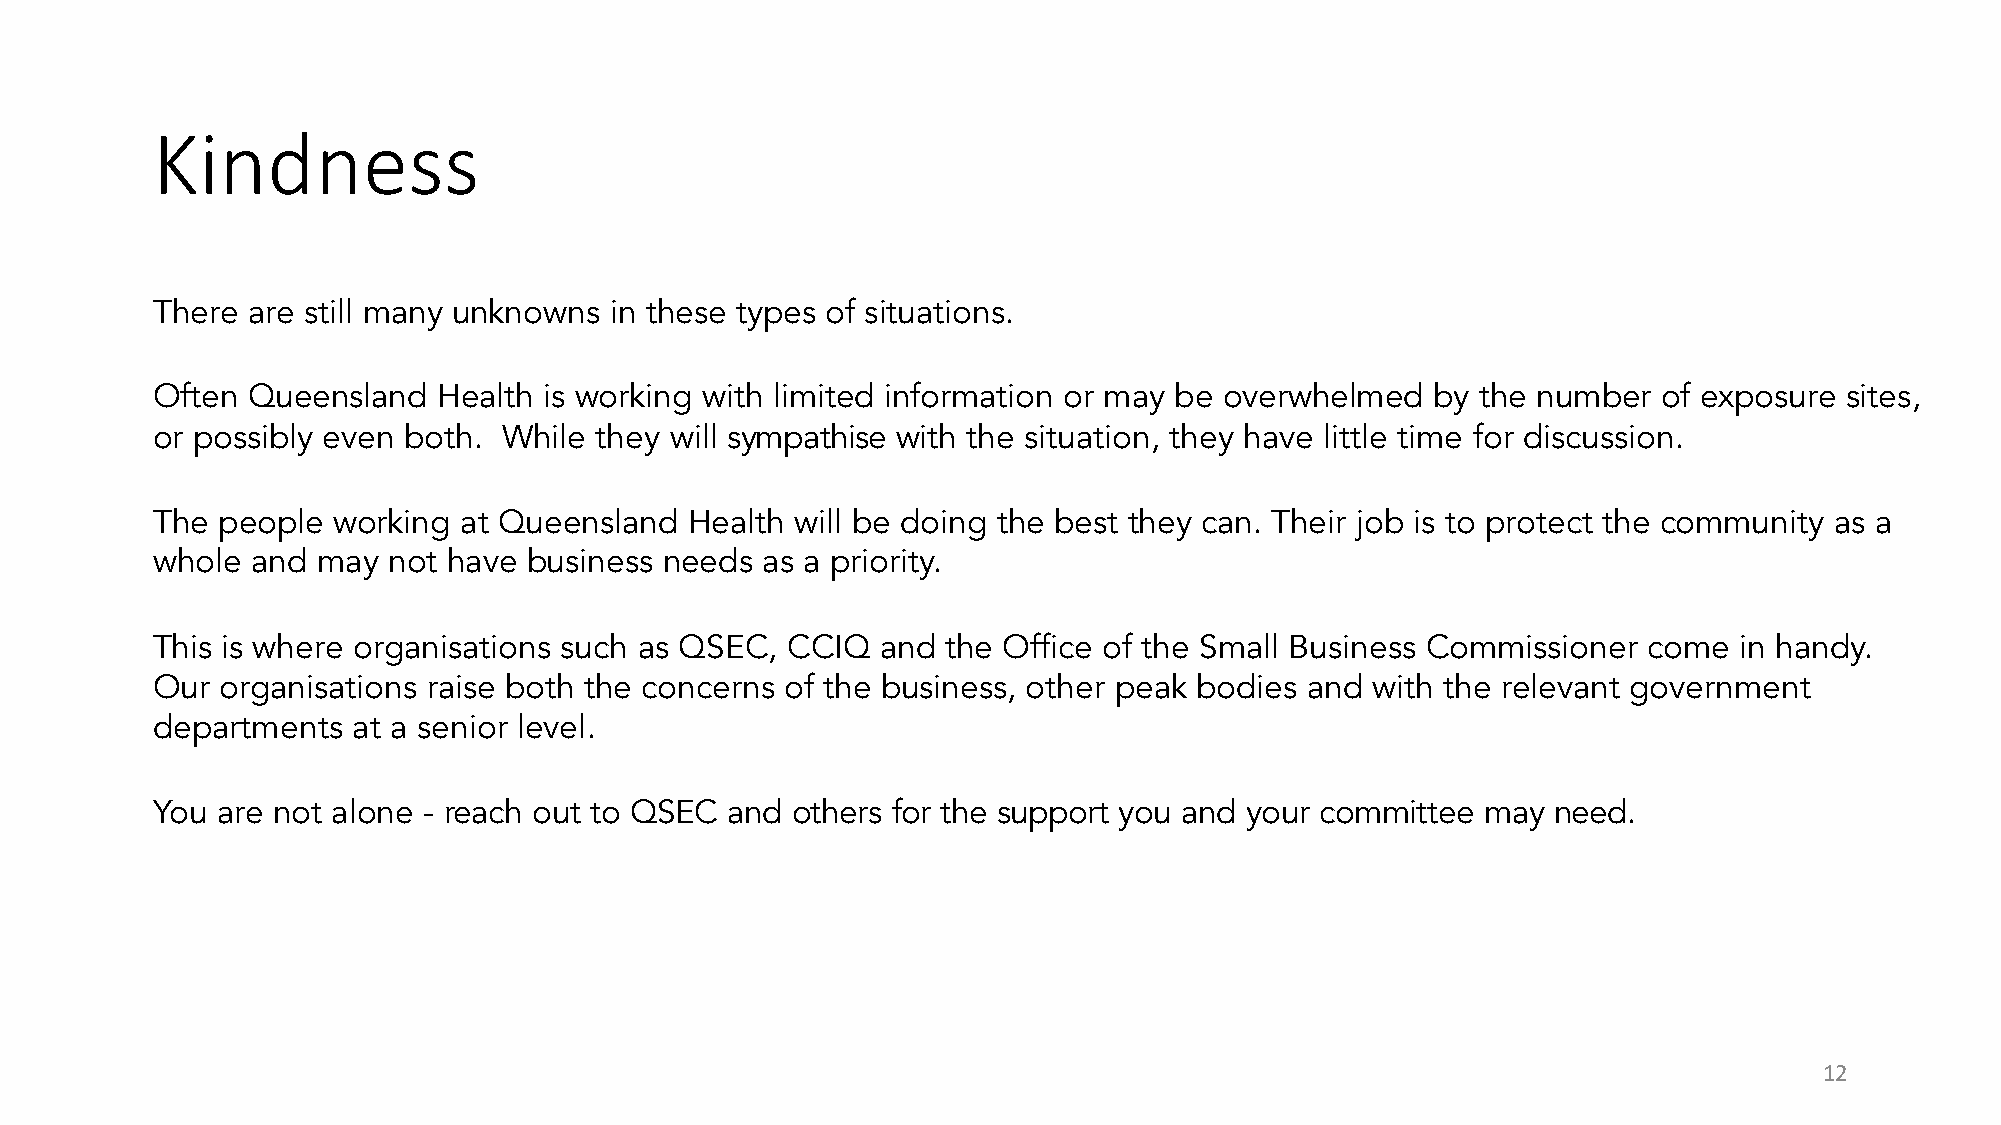
Kindness
 There are still many unknowns in these types of situations.
 Often Queensland   Health is working with limited information or may be overwhelmed  by the number  of exposure sites,
 or possibly even both. While they will sympathise with the situation, they have little time for discussion.
 The people  working at Queensland  Health  will be doing the best they can. Their job is to protect the community as a
 whole  and may  not have business needs as a priority.
 This is where organisations such as QSEC, CCIQ  and  the Office of the Small Business Commissioner come  in handy.
 Our  organisations raise both the concerns of the business, other peak bodies and with the relevant government
 departments  at a senior level.
 You are not alone - reach out to QSEC and others for the support you and your committee may  need.
 12